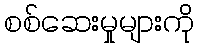
စစ်ဆေးမှုများကို